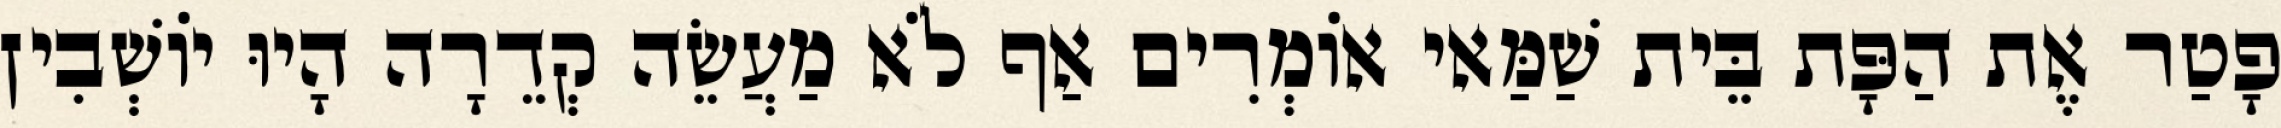
פָטַר אֶת הַפָּת בֵּית שַׁמַּאי אוֹמְרִים אַף לֹא מַעֲשֵׂה קְדֵרָה הָיוּ יוֹשְׁבִין